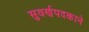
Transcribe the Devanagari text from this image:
सुवर्णपदकाने